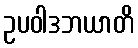
ဥပဝါဒဘယာတိ